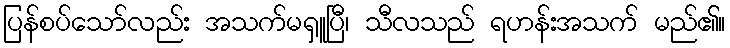
ပြန်စပ်သော်လည်း အသက်မရှူပြီ၊ သီလသည် ရဟန်းအသက် မည်၏။